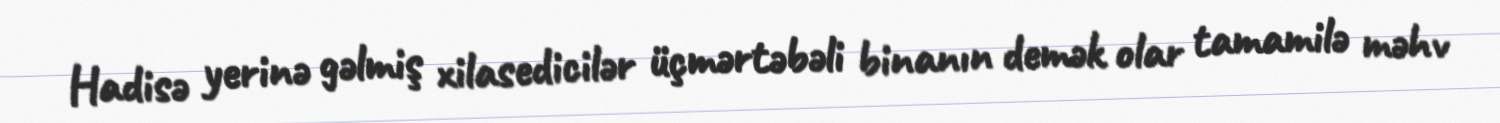
Hadisə yerinə gəlmiş xilasedicilər üçmərtəbəli binanın demək olar tamamilə məhv